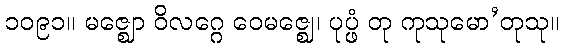
၁၀၉၁။ မဇ္ဈော ဝိလဂ္ဂေ ဝေမဇ္ဈေ၊ ပုပ္ဖံ တု ကုသုမော’တုသု။